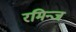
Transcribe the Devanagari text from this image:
रमिन्ज